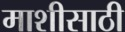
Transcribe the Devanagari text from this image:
माशीसाठी